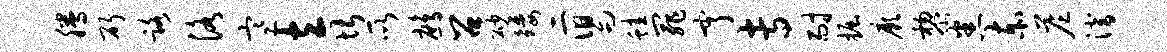
腾斫路洛寒立堪所鹧召砂矮二舄蛙罪亨专耐掘厥黎悉赤答潜